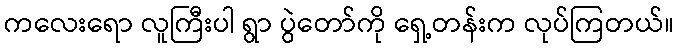
ကလေးရော လူကြီးပါ ရွာ ပွဲတော်ကို ရှေ့တန်းက လုပ်ကြတယ်။